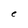
Character: C